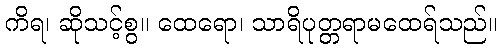
ကိရ၊ ဆိုသင့်စွ။ ထေရော၊ သာရိပုတ္တရာမထေရ်သည်။